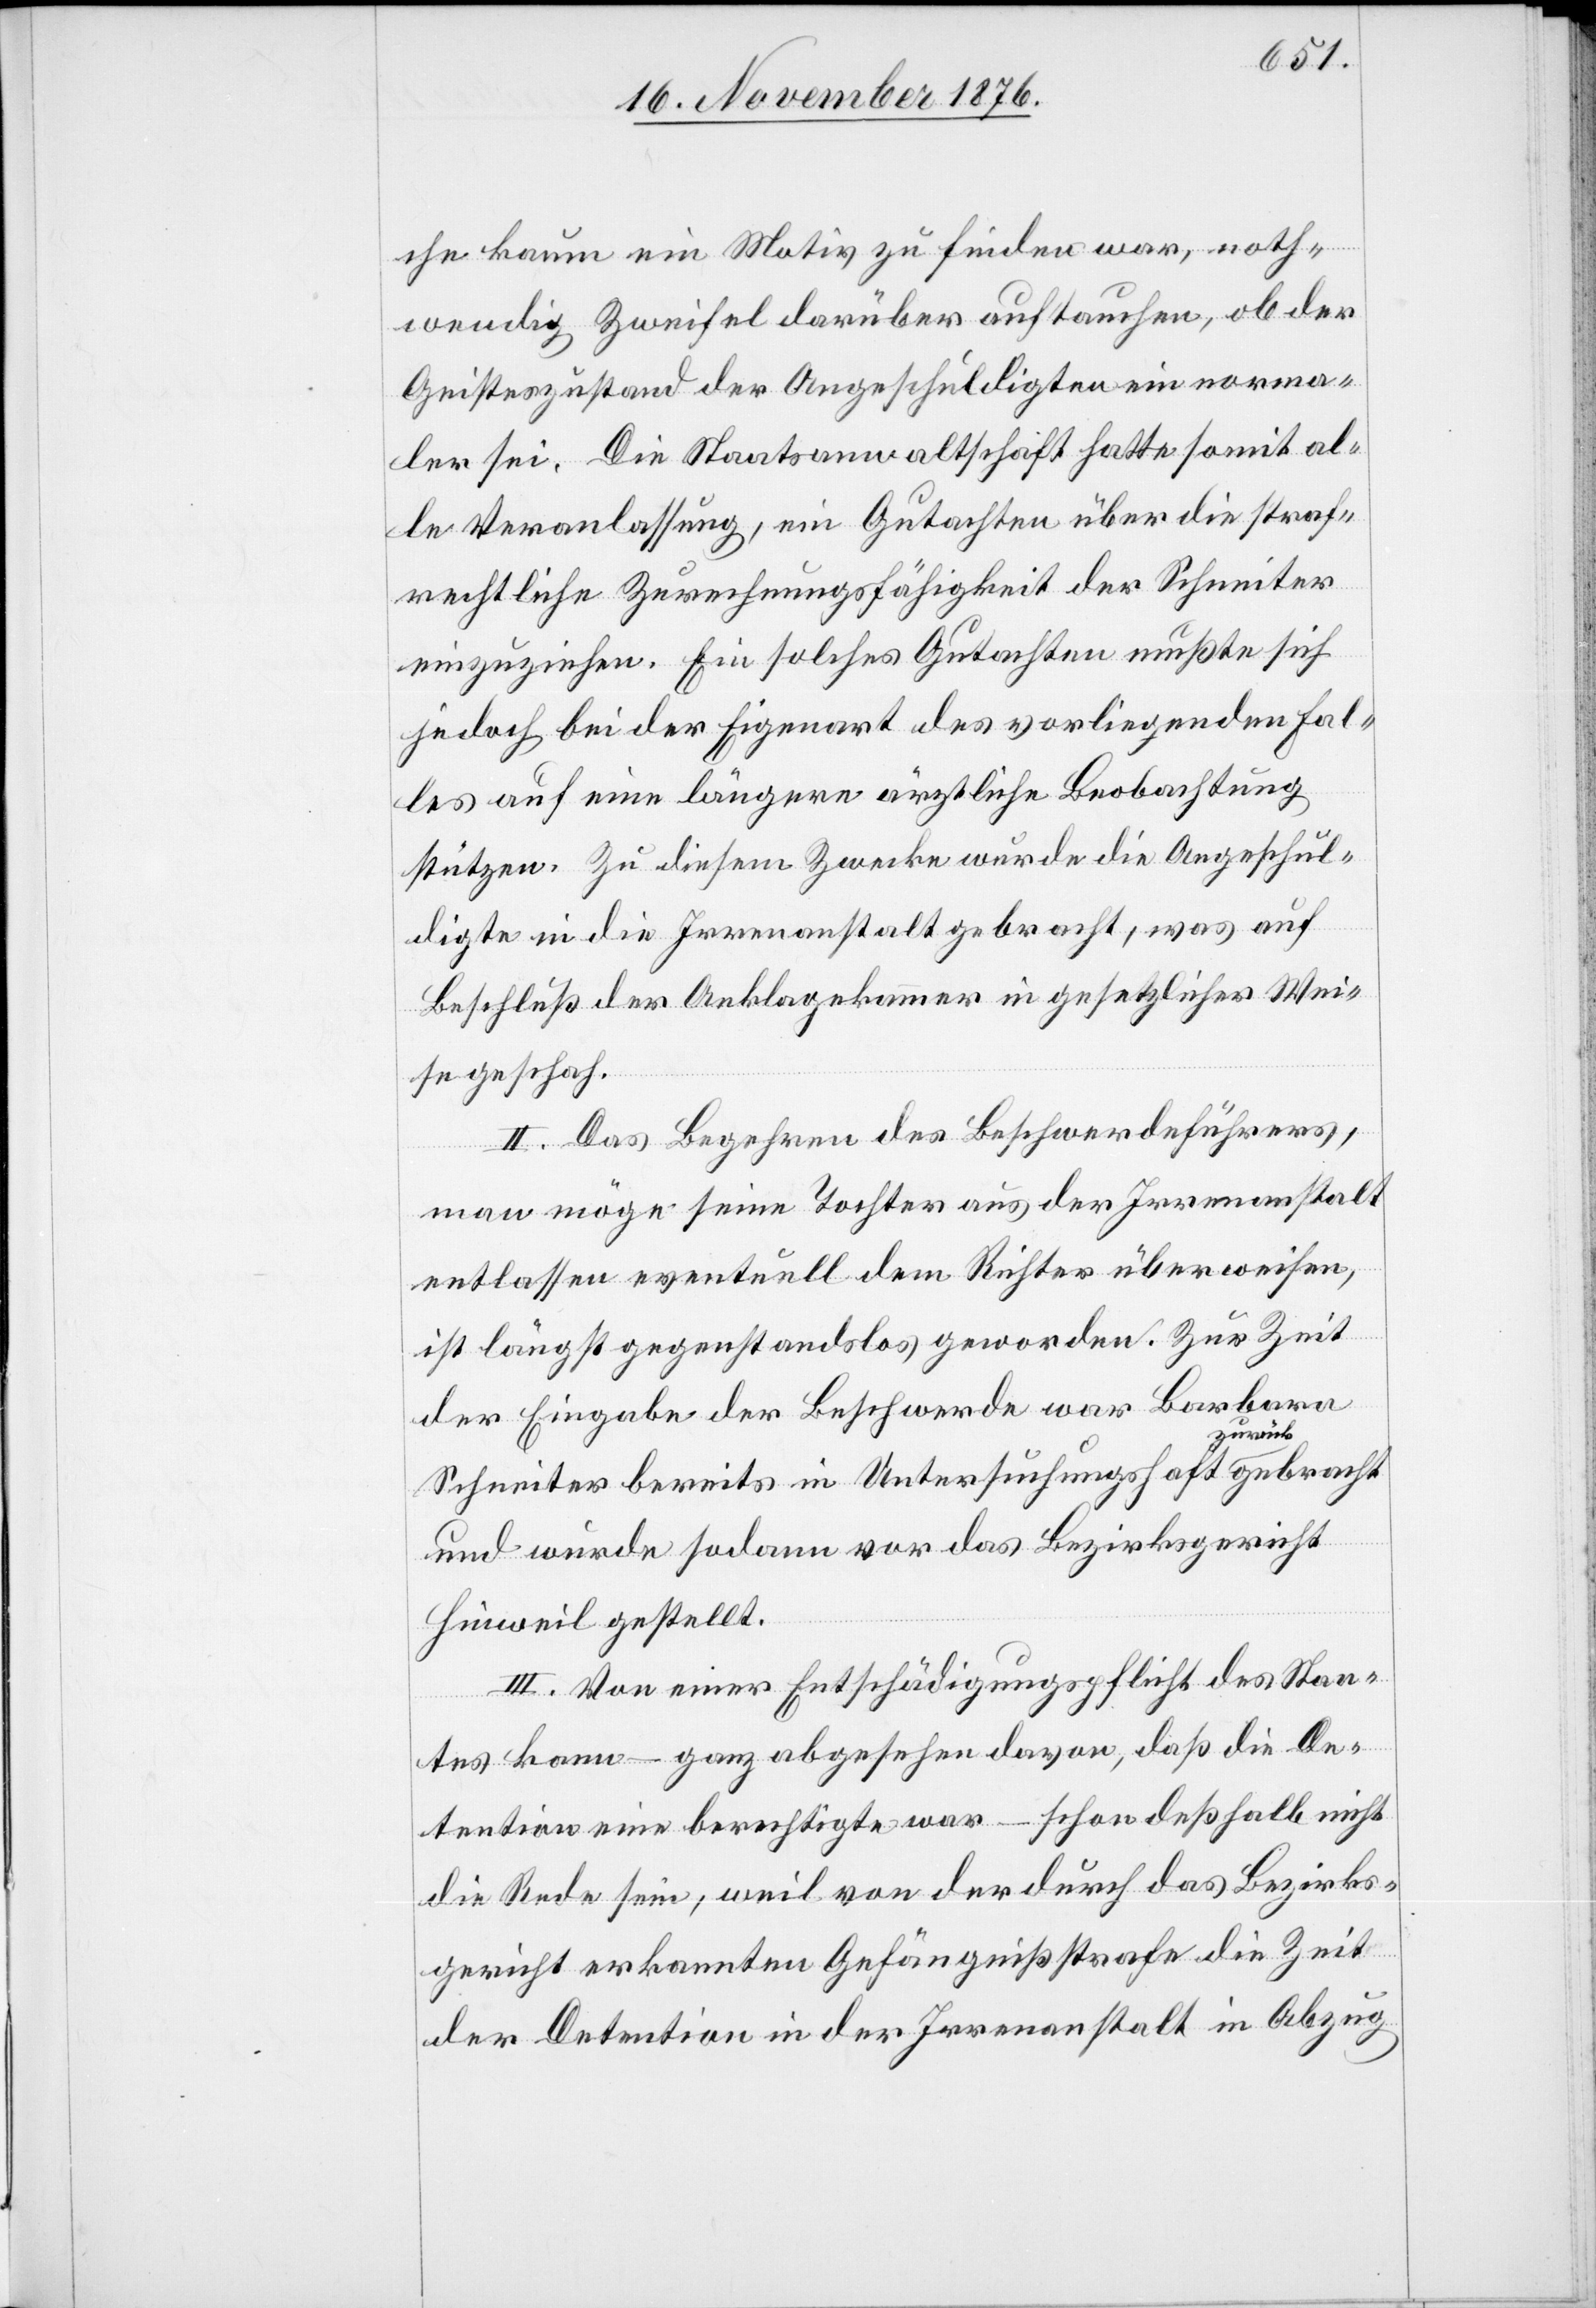
che kaum ein Motiv zu finden war, noth¬
wendig Zweifel darüber auftauchen, ob der
Geisteszustand der Angeschuldigten ein norma¬
ler sei. Die Staatsanwaltschaft hatte somit al¬
le Veranlassung, ein Gutachten über die straf¬
rechtliche Zurechnungsfähigkeit der Schneiter
einzuziehen. Ein solches Gutachten mußte sich
jedoch bei der Eigenart des vorliegenden Fal¬
les auf eine längere ärztliche Beobachtung
stützen. Zu diesem Zwecke wurde die Angeschul¬
digte in die Irrenanstalt gebracht, was auf
Beschluß der Anklagekammer in gesetzlicher Wei¬
se geschah.
II. Das Begehren des Beschwerdeführers,
man möge seine Tochter aus der Irrenanstalt
entlassen eventuell dem Richter überweisen,
ist längst gegenstandslos geworden. Zur Zeit
der Eingabe der Beschwerde war Barbara
Schneiter bereits in Untersuchungshaft zurückgebracht
und wurde sodann vor das Bezirksgericht
Hinweil gestellt.
III. Von einer Entschädigungspflicht des Staa¬
tes kann – ganz abgesehen davon, daß die De¬
tention eine berechtigte war – schon deßhalb nicht
die Rede sein, weil von der durch das Bezirks¬
gericht erkannten Gefängnißstrafe die Zeit
der Detention in der Irrenanstalt in Abzug